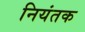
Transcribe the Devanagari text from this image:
नियंतक